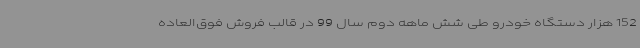
152 هزار دستگاه خودرو طی شش ماهه دوم سال 99 در قالب فروش فوق‌العاده